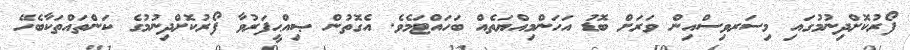
ފޯރުކޮށްދިނުމުގައި މިސަރވިސްއިން ވަރަށް ބޮޑު އަހަންމިއްޔަތެއް ބަހައްޓަމެވެ. އެގޮތުން ޞިއްޙީފަރުވާ ފޯރުކޮށްދިނުމުގެ ކަންތައްތަކާބެހޭ